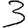
Digit: 3